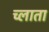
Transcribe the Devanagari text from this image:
च्लाता